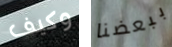
وكيف ببعضنا